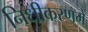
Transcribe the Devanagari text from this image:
निधीकरणमें